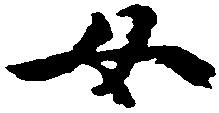
女